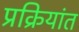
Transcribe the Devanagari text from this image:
प्रक्रियांत